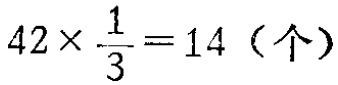
\(42\times \frac{1}{3}=14（个）\)